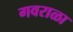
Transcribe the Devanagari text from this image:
गवराळा